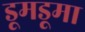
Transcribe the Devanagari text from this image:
डूमडूमा